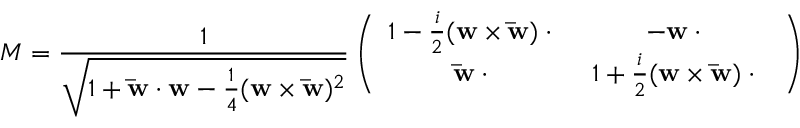
M = \frac { 1 } { \sqrt { 1 + { \bf \bar { w } } \cdot { \bf w } - { \frac { 1 } { 4 } } ( { \bf w } \times { \bf { \bar { w } } } ) ^ { 2 } } } \left( \begin{array} { c c } { { 1 - { \frac { i } { 2 } } ( { \bf w } \times { \bf \bar { w } } ) \cdot { \bf \sigma } } } & { { - { \bf w } \cdot { \bf \sigma } } } \\ { { { \bf \bar { w } } \cdot { \bf \sigma } } } & { { 1 + { \frac { i } { 2 } } ( { \bf w } \times { \bf \bar { w } } ) \cdot { \bf \sigma } } } \end{array} \right)